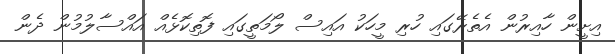
އިށީން ހާއިރުން އެތެރޭގައި ހުރި މީހަކު އައިސް ލޯމަތީގައި ފޮތިކޮޅެއް އައްސާލުމުން ދެން